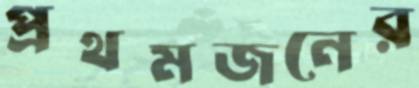
প্রথমজনের